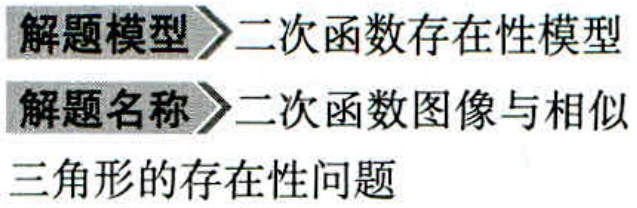
解题模型$\rhd$二次函数存在性模型
解题名称$\rhd$二次函数图像与相似
三角形的存在性问题